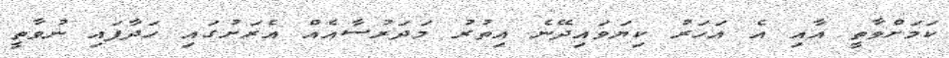
ކަމަށްވާތީ އާއި އެ އަހަރު ކިޔަވައިދޭނެ އިތުރު މަދަރުސާއެއްް އެރަށުގައި ހަދާފައި ނުވާތީ